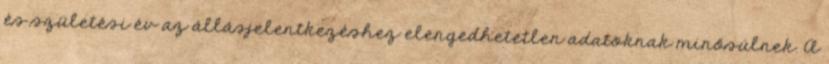
és születési év az állásjelentkezéshez elengedhetetlen adatoknak minősülnek. A